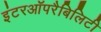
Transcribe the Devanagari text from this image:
इंटरऑपरैबिलिटी